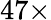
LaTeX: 47\times